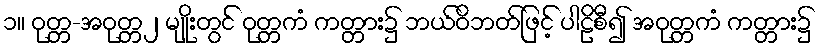
၁။ ဝုတ္တ-အဝုတ္တ၂ မျိုးတွင် ဝုတ္တကံ ကတ္တား၌ ဘယ်ဝိဘတ်ဖြင့် ပါဠိစီ၍ အဝုတ္တကံ ကတ္တား၌